system: You are a helpful assistant.
user:
Analyze the provided spectrum to determine if it is a **M-type Giant (gM)**.

A M-type Giant spectrum is defined by its **strong molecular absorption** features, particularly from **Titanium Oxide (TiO)**. You must check for one of the following mutually exclusive signatures:

- **Key Visual Indicators (Absorption-Dominated Spectrum):**

    - **(Primary):** The spectrum is dominated by strong molecular absorption from **Titanium Oxide (TiO)**. This is the **defining feature** of its M-type temperature class.
        - **(Key Bandheads):** Look for sharp, "saw-tooth" absorption valleys. The strongest are located near **~7050 Å**, **~6160 Å**, and **~5170 Å**.
        - **(Line Profile):** The "saw-tooth" morphology is critical: a **sharp, steep drop on the BLUE (short-wavelength) side** of the bandhead, followed by a gradual recovery (rising flux) towards the RED (long-wavelength) side.

    - **(Key Confirmation - Giant vs. Dwarf):** **ABSENCE** of strong **Calcium Hydride (CaH)** molecular bands. This is the primary diagnostic for *excluding* M-dwarfs.
        - **(Key Region):** The spectrum should lack the strong, broad absorption band seen in dwarfs between **~6800 Å and ~7000 Å**.

    - **(Secondary Confirmation - Giant):** A very strong and broad **Neutral Calcium (Ca I)** atomic absorption line.
        - **(Key Line):** Located at **~4226 Å**. In a giant (gM), this line is significantly deeper and broader than the same line in an M-dwarf (dM) due to low surface gravity.

    - **(Overall Spectrum):**
        - The continuum is **extremely red-sloping** (i.e., flux is very low in the blue and rises dramatically towards the red).
        - The entire spectrum appears "chopped up" by the deep TiO bands.

Think first, call **spectral_visualization_tool** if needed to examine features in detail, then provide your final answer. Your response must adhere to the following strict rules:
1.  **Overall Structure:** Your response must follow the format `<think>...</think> <tool_call>...</tool_call> (if a tool is used) <answer>...</answer>`.
2.  **Tool Usage Constraint:** You may only make **one** tool call per turn.
3.  **Final Answer Format:** In the `<answer>` tag, your conclusion must be inside a `\boxed{}` command (e.g., `\boxed{YES}` or `\boxed{NO}`), followed by your justification.

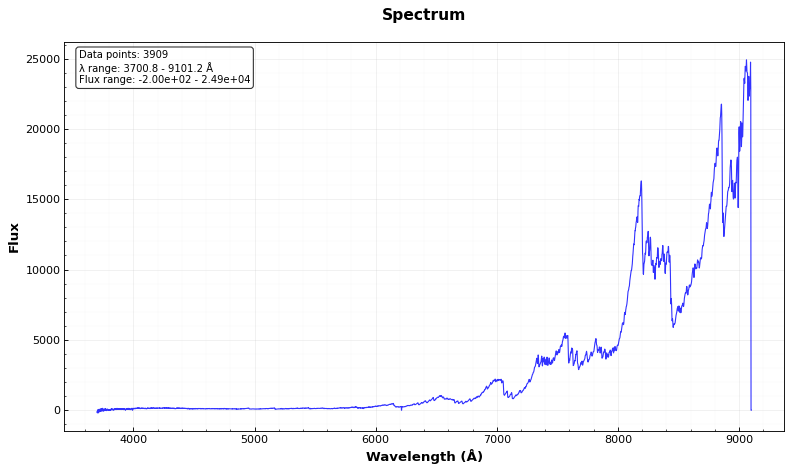
Answer: YES